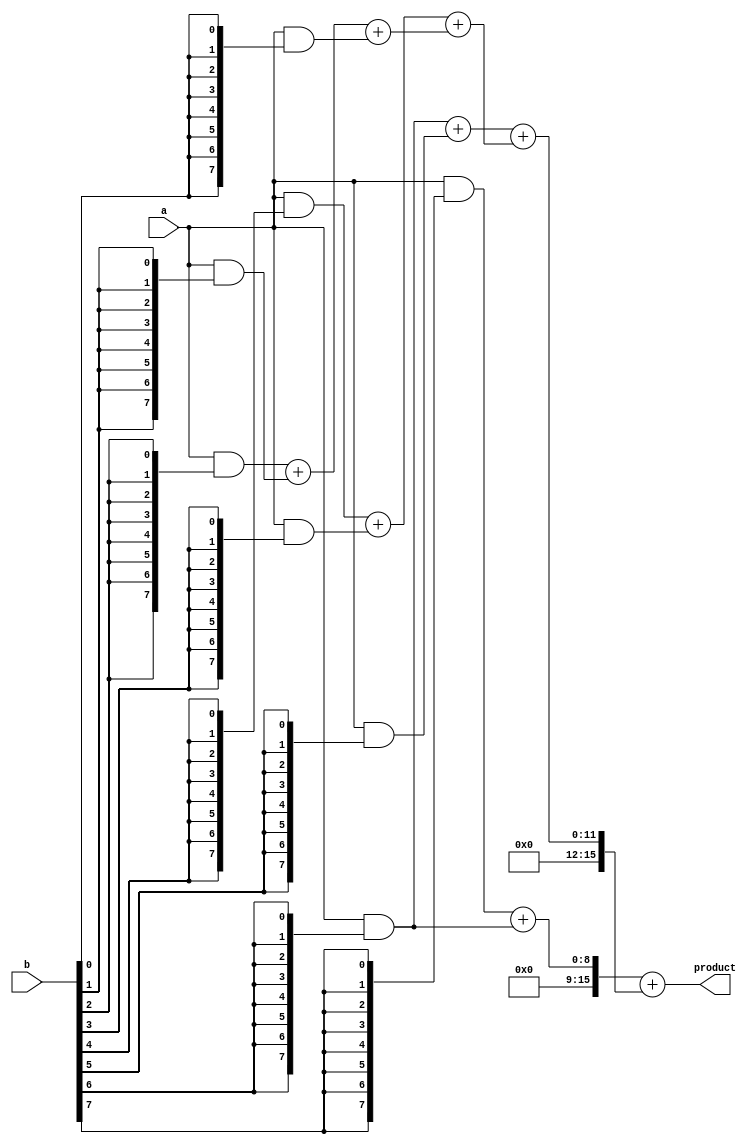
module scalable_wallace_tree_multiplier #(parameter WIDTH = 8) (
    input  wire [WIDTH-1:0] a, // First operand
    input  wire [WIDTH-1:0] b, // Second operand
    output wire [2*WIDTH-1:0] product // Product output
);

// Generate partial products
wire [WIDTH-1:0] pp[WIDTH-1:0]; // Partial products

genvar i, j;
generate
    for (i = 0; i < WIDTH; i = i + 1) begin : gen_partial_products
        assign pp[i] = a & {WIDTH{b[i]}};
    end
endgenerate

// Wallace tree reduction
wire [WIDTH*2-1:0] sum[WIDTH-1:0];
wire [WIDTH-1:0] carry[WIDTH-1:0];

// Stage 1: Combine partial products using half adders and full adders
generate
    for (i = 0; i < WIDTH; i = i + 1) begin : reduction_stage
        if (i == 0) begin
            assign sum[i] = pp[i];
        end else begin
            // Full adder for three inputs
            if (i < WIDTH-1) begin
                assign {carry[i], sum[i]} = pp[i] + pp[i-1] + (i > 1 ? sum[i-2] : 0);
            end else begin
                assign sum[i] = pp[i] + pp[i-1];
            end
        end
    end
endgenerate

// Final addition stage
wire [2*WIDTH-1:0] final_sum;
wire [2*WIDTH-1:0] final_carry;

// Final reduction using a simple adder
assign {final_carry, final_sum} = sum[WIDTH-1] + sum[WIDTH-2];

// Output the final product
assign product = final_sum;

endmodule